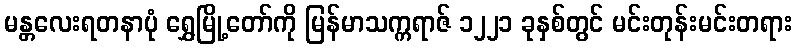
မန္တလေးရတနာပုံ ရွှေမြို့တော်ကို မြန်မာသက္ကရာဇ် ၁၂၂၁ ခုနှစ်တွင် မင်းတုန်းမင်းတရား